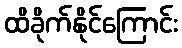
ထိခိုက်နိုင်ကြောင်း